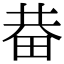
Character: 𤱺